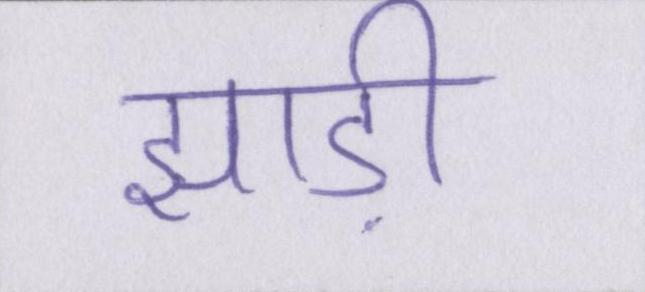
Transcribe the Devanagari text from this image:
झाड़ी